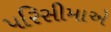
પરિસીમાએ